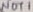
Text: NOT1